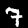
Label: 7